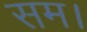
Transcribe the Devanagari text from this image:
सम।